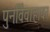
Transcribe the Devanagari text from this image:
पुनर्विवाहावर